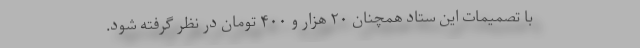
با تصمیمات این ستاد همچنان ۲۰ هزار و ۴۰۰ تومان در نظر گرفته شود.